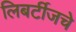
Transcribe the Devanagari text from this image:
लिबर्टीजचे